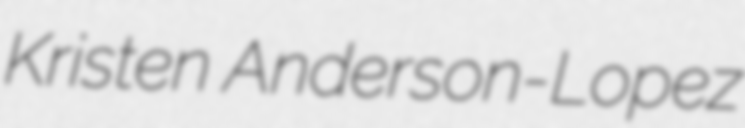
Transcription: Kristen Anderson-Lopez